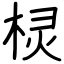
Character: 棂